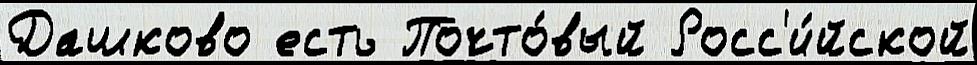
Дашково есть Почто́вый Росс'и́йской